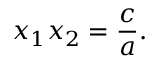
x _ { 1 } x _ { 2 } = { \frac { c } { a } } .